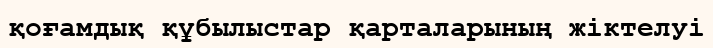
қоғамдық құбылыстар қарталарының жіктелуі